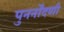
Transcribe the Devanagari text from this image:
पुनर्नोंदणी